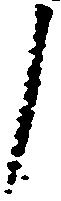
了